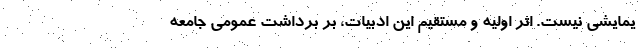
یمایشی نیست. اثر اولیه و مستقیم این ادبیات، بر برداشت عمومی جامعه